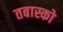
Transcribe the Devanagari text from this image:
तबास्को